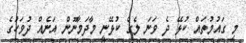
މި ގައުމުތައް ކުޅޭ ދެ ވަނަ ލެގް ކުޅޭނީ މާދަމާނޫން އަނެއް ދުވަހުގެ